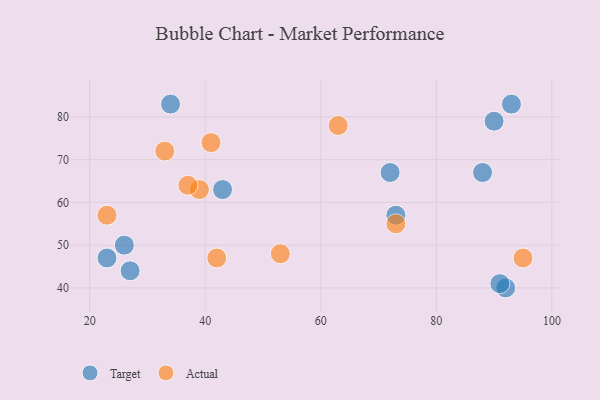
{"axis": {"x": "GDP", "y": "Life Expectancy"}, "legend": ["Actual", "Target"], "data": [{"x": "92", "y": 40, "type": "Target"}, {"x": "43", "y": 63, "type": "Target"}, {"x": "34", "y": 83, "type": "Target"}, {"x": "93", "y": 83, "type": "Target"}, {"x": "27", "y": 44, "type": "Target"}, {"x": "23", "y": 47, "type": "Target"}, {"x": "26", "y": 50, "type": "Target"}, {"x": "72", "y": 67, "type": "Target"}, {"x": "88", "y": 67, "type": "Target"}, {"x": "91", "y": 41, "type": "Target"}, {"x": "73", "y": 57, "type": "Target"}, {"x": "90", "y": 79, "type": "Target"}, {"x": "73", "y": 55, "type": "Actual"}, {"x": "33", "y": 72, "type": "Actual"}, {"x": "39", "y": 63, "type": "Actual"}, {"x": "42", "y": 47, "type": "Actual"}, {"x": "53", "y": 48, "type": "Actual"}, {"x": "63", "y": 78, "type": "Actual"}, {"x": "95", "y": 47, "type": "Actual"}, {"x": "41", "y": 74, "type": "Actual"}, {"x": "37", "y": 64, "type": "Actual"}, {"x": "23", "y": 57, "type": "Actual"}]}